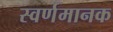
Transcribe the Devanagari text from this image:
स्वर्णमानक